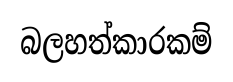
බලහත්කාරකම්